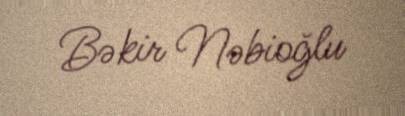
Bəkir Nəbioğlu